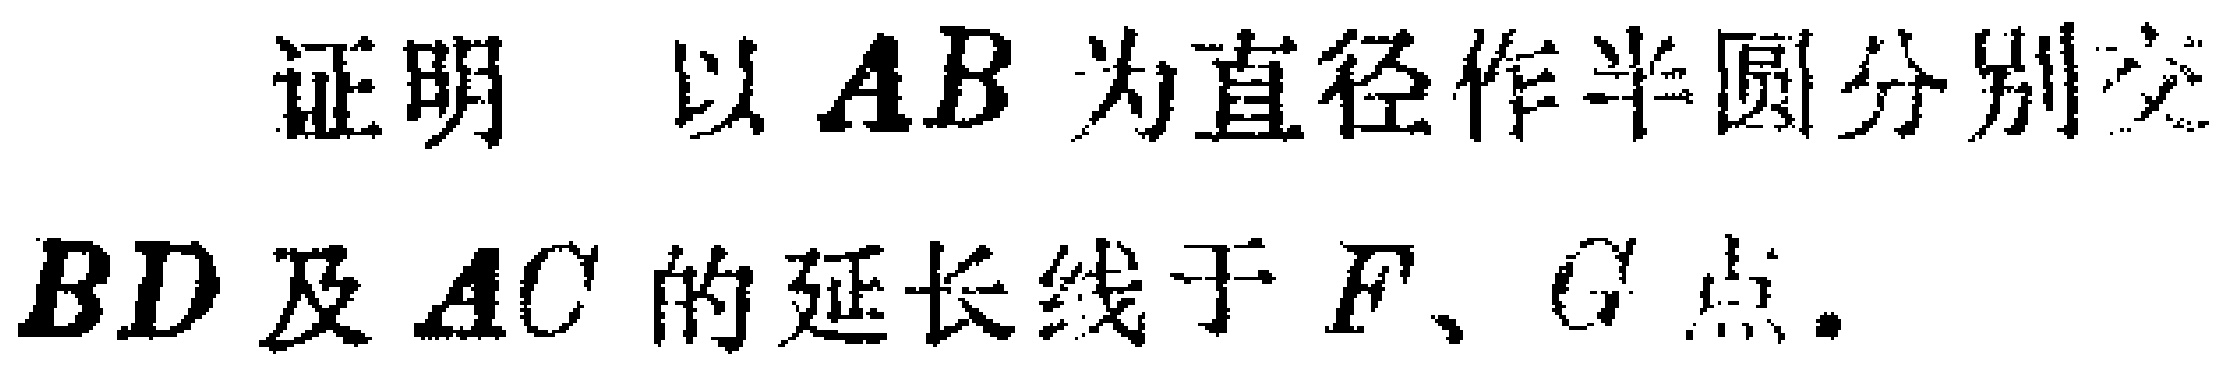
证明 以 \(AB\) 为直径作半圆分别交 \(BD\) 及 \(AC\) 的延长线于 \(F\)、\(G\) 点.